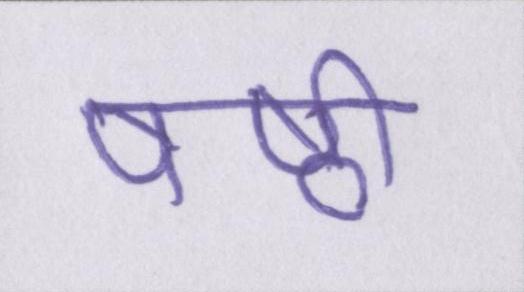
षष्ठी